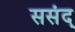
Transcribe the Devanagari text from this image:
ससंद्